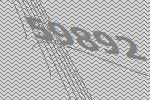
59892